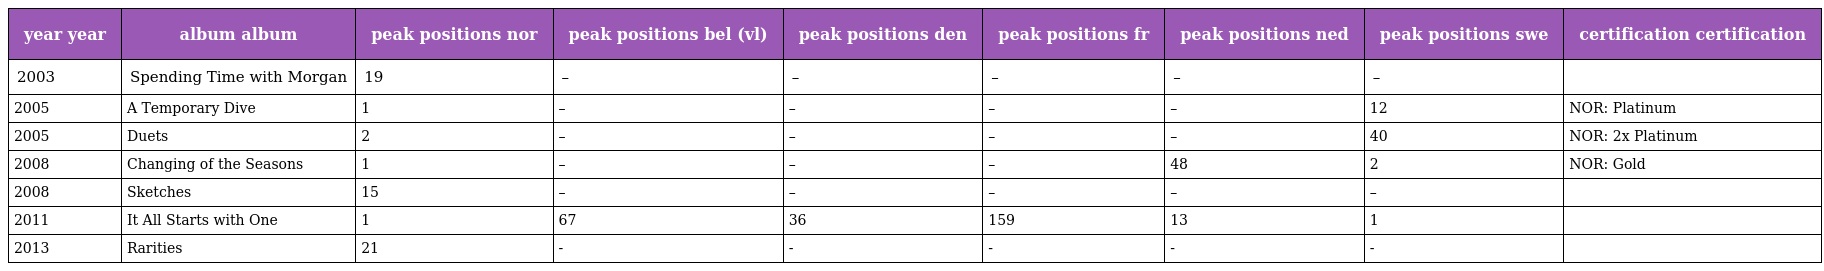
| year year | album album | peak positions nor | peak positions bel (vl) | peak positions den | peak positions fr | peak positions ned | peak positions swe | certification certification |
 | --- | --- | --- | --- | --- | --- | --- | --- | --- |
 | 2003 | Spending Time with Morgan | 19 | – | – | – | – | – |  |
 | 2005 | A Temporary Dive | 1 | – | – | – | – | 12 | NOR: Platinum |
 | 2005 | Duets | 2 | – | – | – | – | 40 | NOR: 2x Platinum |
 | 2008 | Changing of the Seasons | 1 | – | – | – | 48 | 2 | NOR: Gold |
 | 2008 | Sketches | 15 | – | – | – | – | – |  |
 | 2011 | It All Starts with One | 1 | 67 | 36 | 159 | 13 | 1 |  |
 | 2013 | Rarities | 21 | - | - | - | - | - |  |